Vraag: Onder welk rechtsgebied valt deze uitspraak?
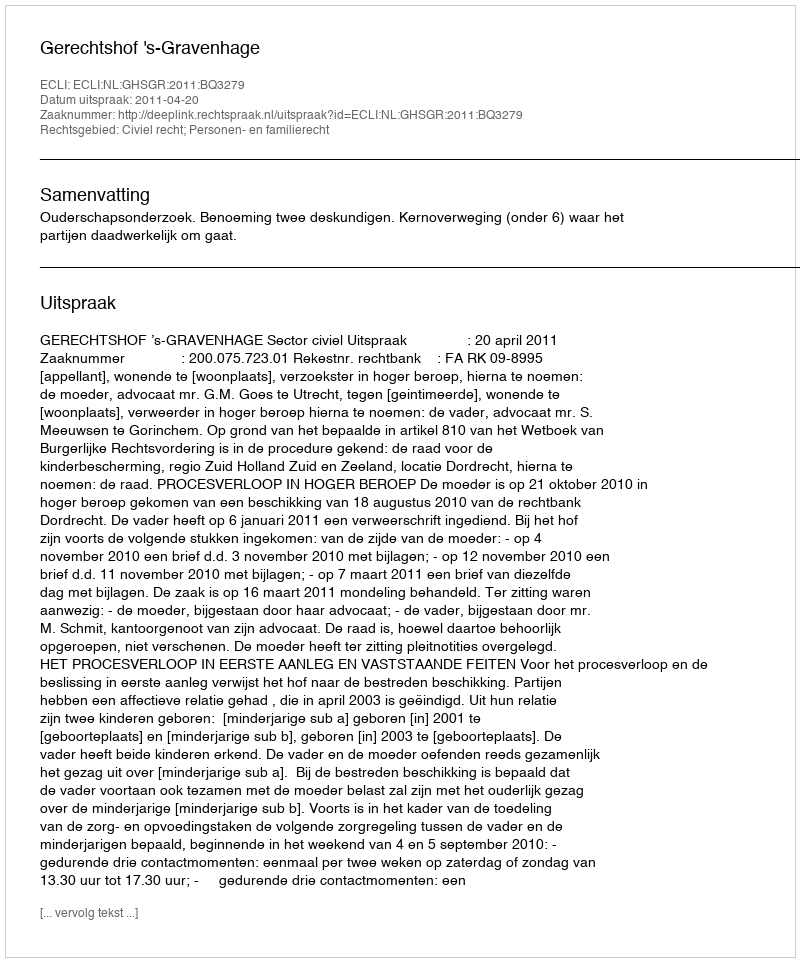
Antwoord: Civiel recht; Personen- en familierecht